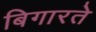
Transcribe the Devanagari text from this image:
बिगारते